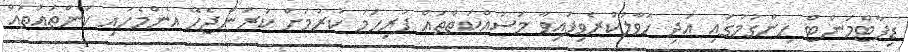
ޑިޕާޓްމަންޓް ހިންގުމުގައި އަދި ހަވާލުކުރެވިފައިވާ މަސައްކަތްތައް ފުރިހަމަ ކުރުމަށް ކުރަންޖެހޭ އެންމެހައި ކަންތައްތައް